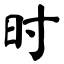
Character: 时